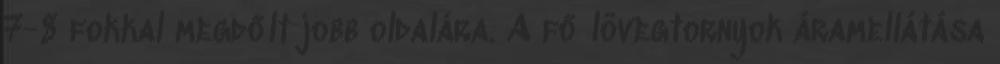
7-8 fokkal megdőlt jobb oldalára. A fő lövegtornyok áramellátása